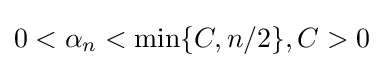
0<\alpha _{n}<\min\{C,n/2\},C>0